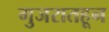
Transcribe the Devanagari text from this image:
गुजरातहून